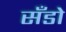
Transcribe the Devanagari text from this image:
सँडो